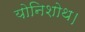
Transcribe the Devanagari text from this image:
योनिशोथ।